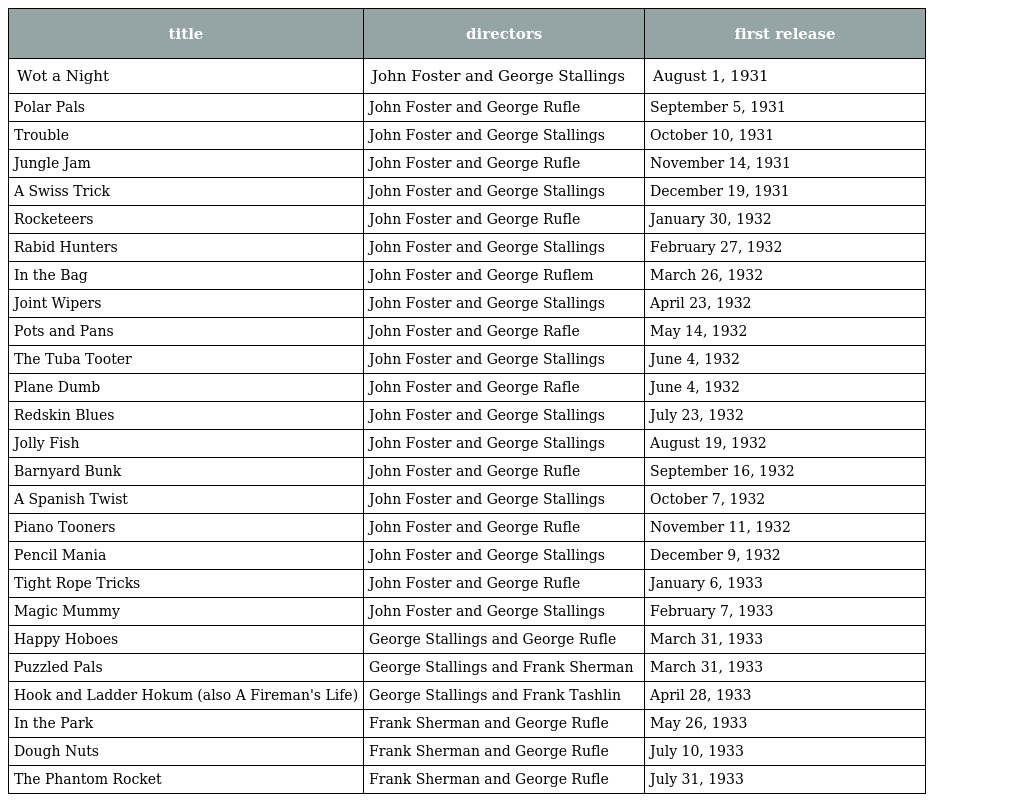
| title | directors | first release |
 | --- | --- | --- |
 | Wot a Night | John Foster and George Stallings | August 1, 1931 |
 | Polar Pals | John Foster and George Rufle | September 5, 1931 |
 | Trouble | John Foster and George Stallings | October 10, 1931 |
 | Jungle Jam | John Foster and George Rufle | November 14, 1931 |
 | A Swiss Trick | John Foster and George Stallings | December 19, 1931 |
 | Rocketeers | John Foster and George Rufle | January 30, 1932 |
 | Rabid Hunters | John Foster and George Stallings | February 27, 1932 |
 | In the Bag | John Foster and George Ruflem | March 26, 1932 |
 | Joint Wipers | John Foster and George Stallings | April 23, 1932 |
 | Pots and Pans | John Foster and George Rafle | May 14, 1932 |
 | The Tuba Tooter | John Foster and George Stallings | June 4, 1932 |
 | Plane Dumb | John Foster and George Rafle | June 4, 1932 |
 | Redskin Blues | John Foster and George Stallings | July 23, 1932 |
 | Jolly Fish | John Foster and George Stallings | August 19, 1932 |
 | Barnyard Bunk | John Foster and George Rufle | September 16, 1932 |
 | A Spanish Twist | John Foster and George Stallings | October 7, 1932 |
 | Piano Tooners | John Foster and George Rufle | November 11, 1932 |
 | Pencil Mania | John Foster and George Stallings | December 9, 1932 |
 | Tight Rope Tricks | John Foster and George Rufle | January 6, 1933 |
 | Magic Mummy | John Foster and George Stallings | February 7, 1933 |
 | Happy Hoboes | George Stallings and George Rufle | March 31, 1933 |
 | Puzzled Pals | George Stallings and Frank Sherman | March 31, 1933 |
 | Hook and Ladder Hokum (also A Fireman's Life) | George Stallings and Frank Tashlin | April 28, 1933 |
 | In the Park | Frank Sherman and George Rufle | May 26, 1933 |
 | Dough Nuts | Frank Sherman and George Rufle | July 10, 1933 |
 | The Phantom Rocket | Frank Sherman and George Rufle | July 31, 1933 |